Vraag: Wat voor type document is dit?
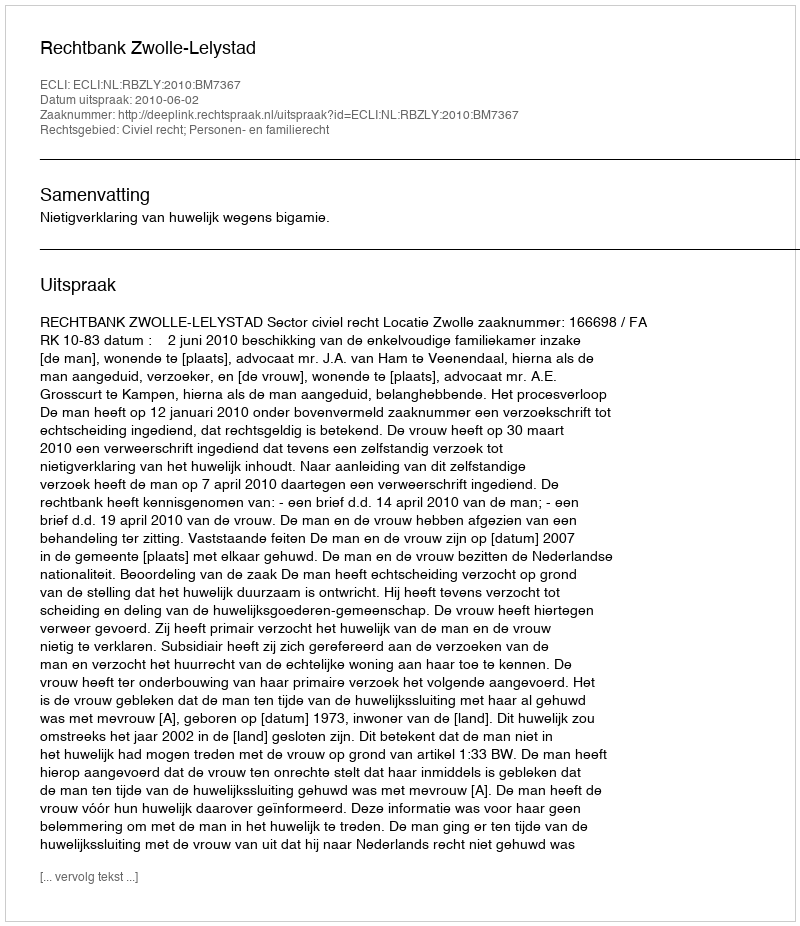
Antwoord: Uitspraak